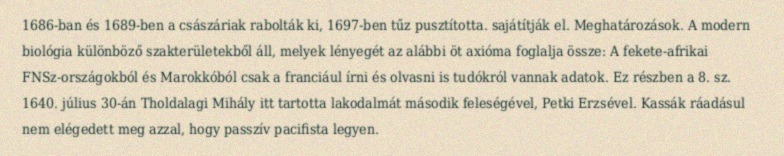
1686-ban és 1689-ben a császáriak rabolták ki, 1697-ben tűz pusztította. sajátítják el. Meghatározások. A modern biológia különböző szakterületekből áll, melyek lényegét az alábbi öt axióma foglalja össze: A fekete-afrikai FNSz-országokból és Marokkóból csak a franciául írni és olvasni is tudókról vannak adatok. Ez részben a 8. sz. 1640. július 30-án Tholdalagi Mihály itt tartotta lakodalmát második feleségével, Petki Erzsével. Kassák ráadásul nem elégedett meg azzal, hogy passzív pacifista legyen.